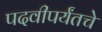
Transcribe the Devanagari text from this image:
पदवीपर्यंतचेे